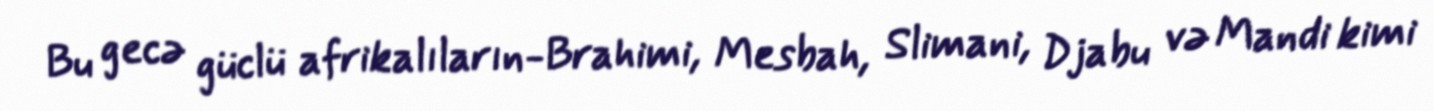
Bu gecə güclü afrikalıların-Brahimi, Mesbah, Slimani, Djabu və Mandi kimi